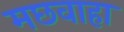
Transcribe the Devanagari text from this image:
मछवाहा